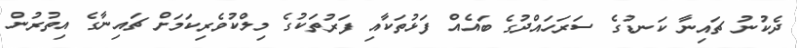
ދެކުނު ޗައިނާ ކަނޑުގެ ސަރަހައްދުގެ ބައެއް ފަޅުތަކާއި ފަރުތަކުގެ މިލްކުވެރިކަމަށް ޗައިނާގެ އިތުރުން